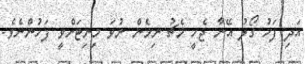
އަދި ފަހު ގޯލު އޭނާ ޖެހީ މެޗު ނިމެން ނުވަ މިނިޓަށްވީ ފަހުންނެވެ.